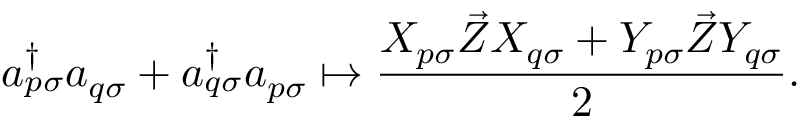
a _ { p \sigma } ^ { \dagger } a _ { q \sigma } + a _ { q \sigma } ^ { \dagger } a _ { p \sigma } \mapsto \frac { X _ { p \sigma } \vec { Z } X _ { q \sigma } + Y _ { p \sigma } \vec { Z } Y _ { q \sigma } } 2 .